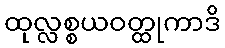
ထုလ္လစ္စယဝတ္ထုကာဒိ